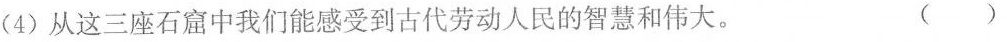
(4)从这三座石窟中我们能感受到古代劳动人民的智慧和伟大。 ()